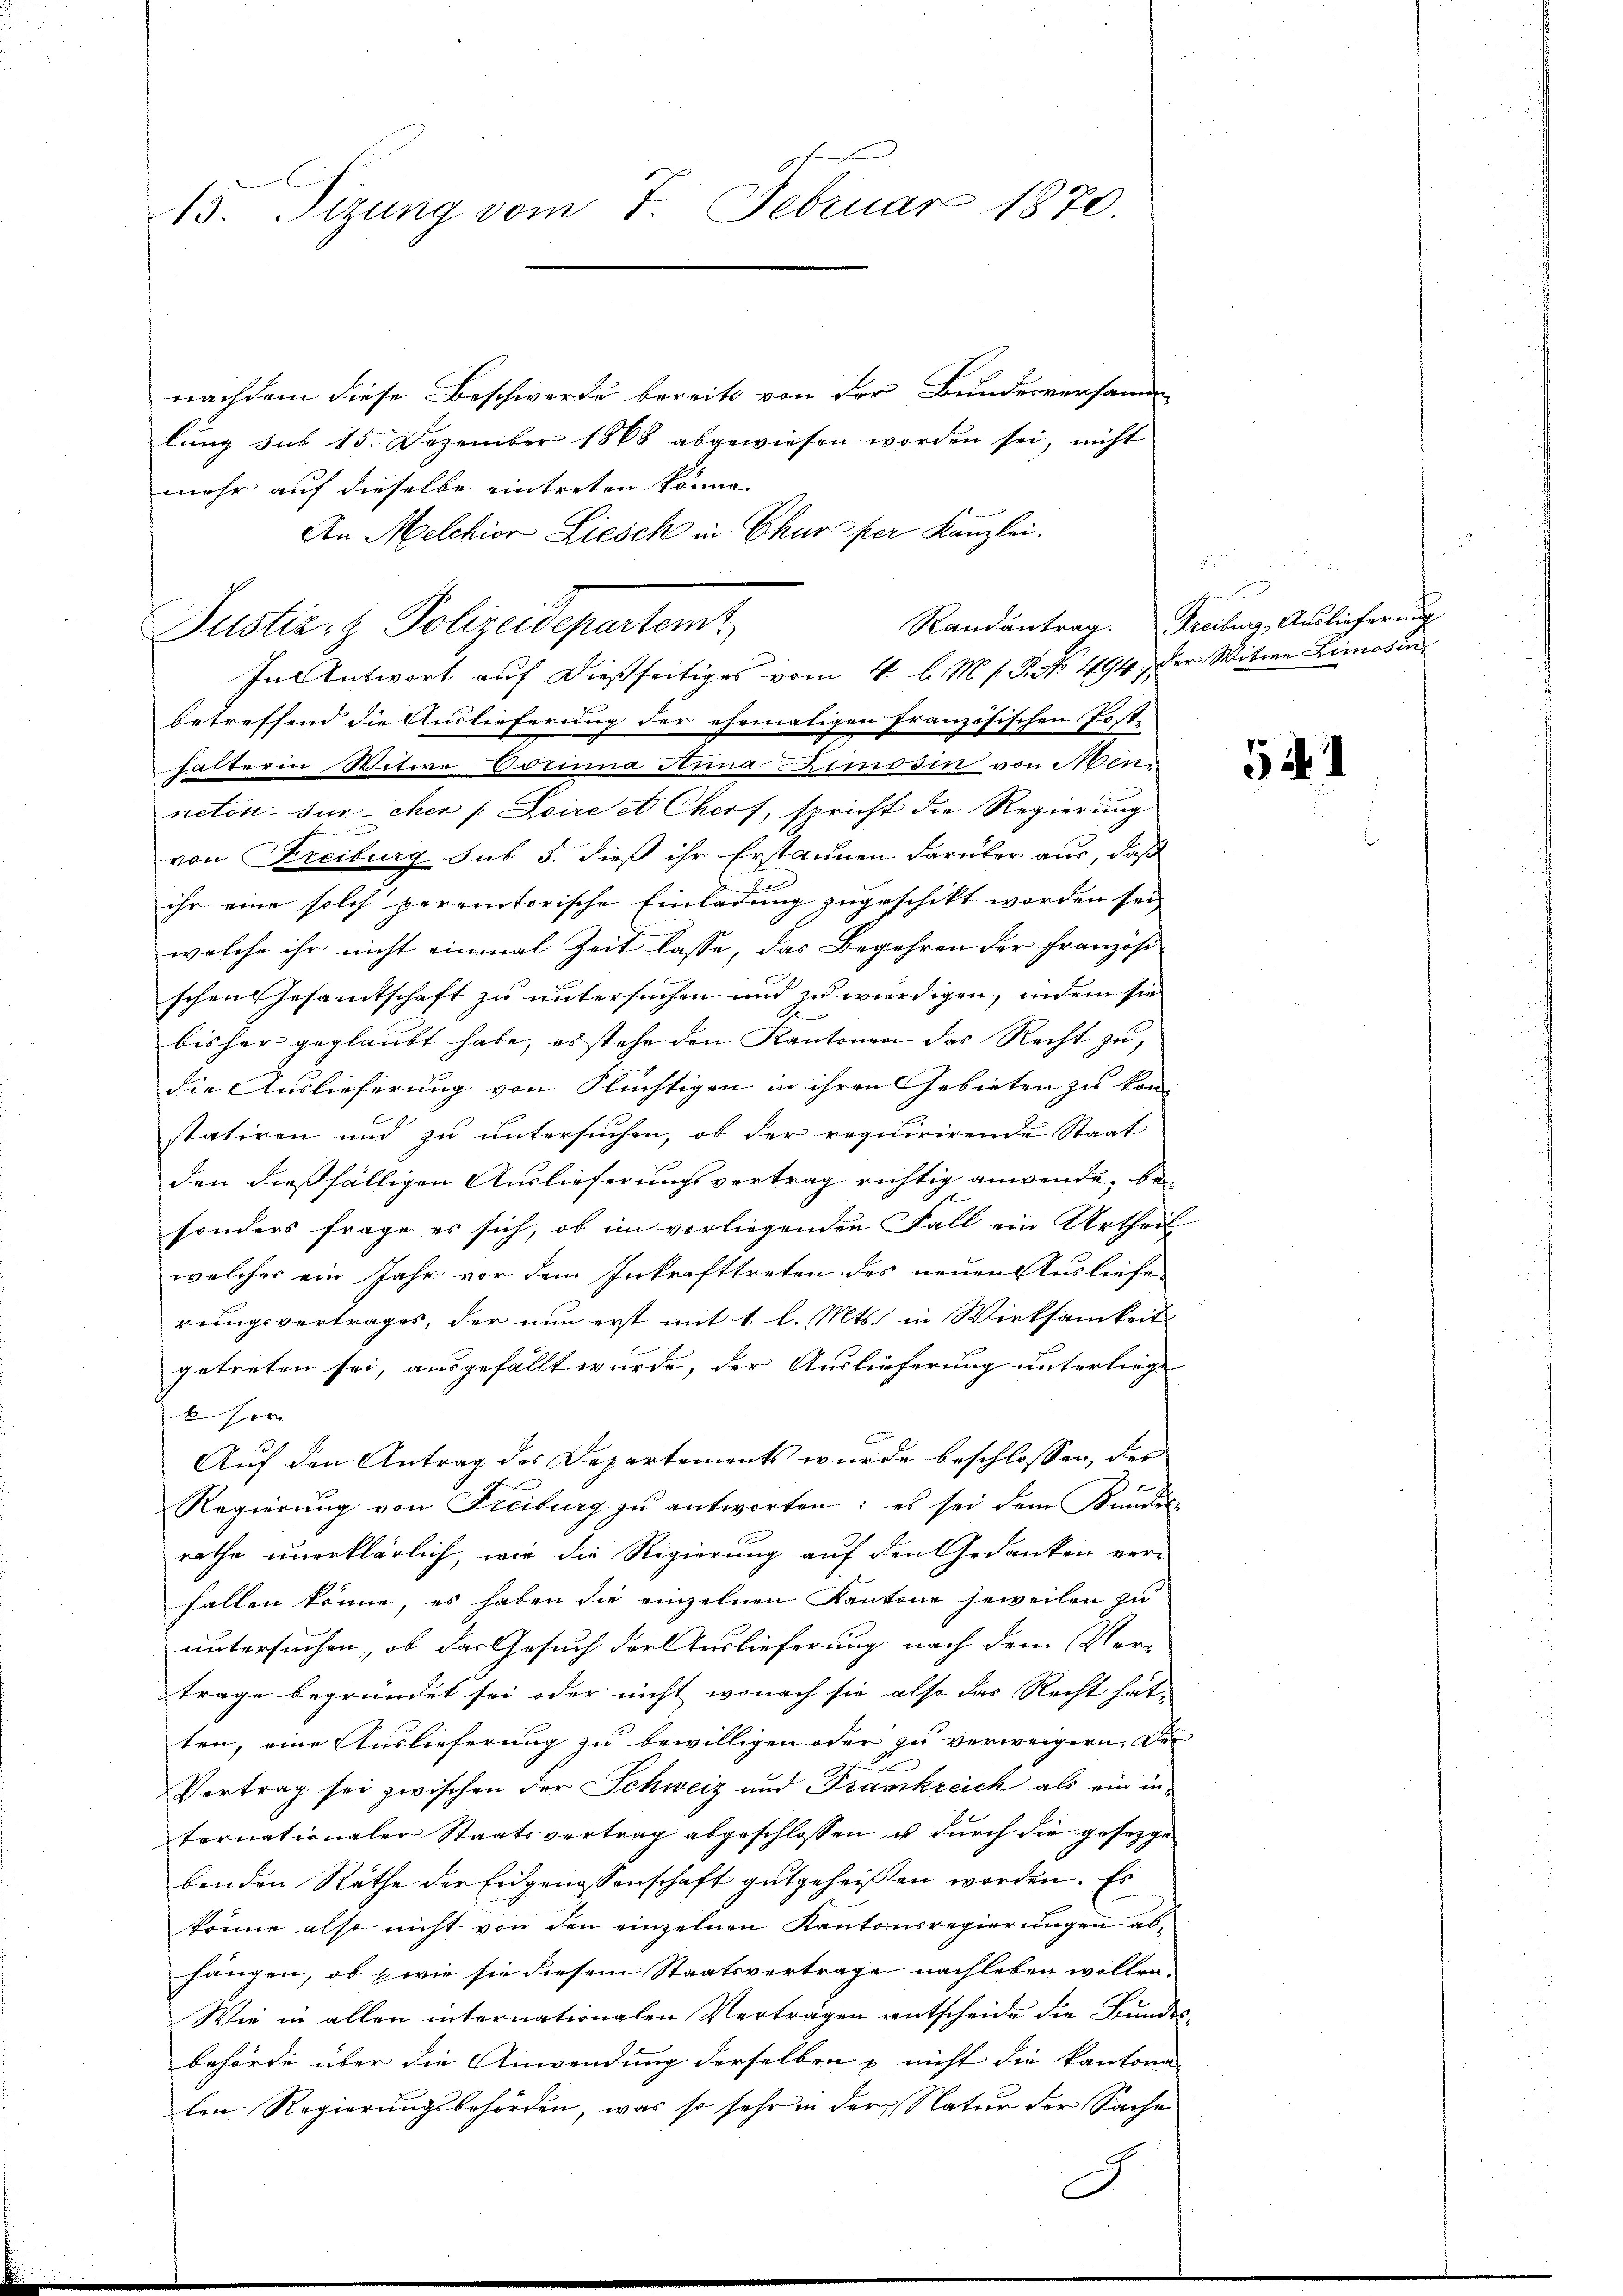
15. Sizung vom 7. Februar 1870.

nachdem diese Beschwerde bereits von der Bundesversamm
lung sub 15. Dezember 1868 abgewiesen worden sei, nicht
mehr auf dieselbe eintreten könne. |
An Melchior Liesch in Chur per Kanzlei.
In Antwort auf dießseitiges vom 4. l. M. h. T. No 494, der Witwe Limosin
betreffend die Auslieferung der ehemaligen Französischen Post-
halterin Witwe Vorinna Anna Kimosin von Alur
neton. Fürcher (Doire et Cher, spricht die Regierung
von Freiburg sub 5. dieß ihr Erstaunen darüber aus, daß
ihr eine solch peremtorische Einladung zugeschikt worden sei
welche ihr nicht einmal Zeit lasse, das Begehren der Französi
schen Gesamtschaft zu untersuchen und zu würdigen, indem sie
bisher geglaubt habe, es stehe den Kantonen das Recht zu,
die Auslieferung von Flüchtigen in ihren Gebieten zu kom
statiren und zu untersuchen, ob der requirirende Staat
den dießfälligen Auslieferungsvertrag richtig anwende, besonders frage es sich, ob im vorliegenden Fall ein Urtheil
welches ein Jahr vor dem Inkrafttreten des neuen Ausliefer
rungsvertrages, der nun erst mit 1. l. Mts. in Wirksamkeit
getreten sei, ausgefällt wurde, der Auslieferung unterliege
sin
Auf den Antrag des Departements wurde beschlossen, der
Regierung von Freiburg zu antworten; es sei dem Kandis
rathe unerklärlich, wie die Regierung auf den Gedanken ver-
fallen könne, es haben die einzelnen Kantone jeweilen zu
untersuchen, ob das Gesuch der Auslieferung nach dem Vortrage begründet sei oder nicht wonach sie also das Recht hat,
ten, eine Auslieferung zu bewilligen oder zu verweigern. Der
B
Vertrag sei zwischen der Schweiz und Frankreich als ein infernationaler Staatsvertrag abgeschlossen u durch die gesezge
benden Rathe der Eidgenossenschaft gutgeheißen worden. Es
könne also nicht von den einzelnen Kantonsregierungen abhängen, ob wie sie diesem Staatsvertrage nachleben wollen.
Wie in allen internationalen Verträgen entscheide die Bundes-
behörde über die Anwendung derselben nicht die kantona
len Regierungsbehörden, was so sehr in der Natur der Sache
J

Justiz- & Polizeidepartemt

5 x

Randantrag. Freiburg, Auslieferung

541